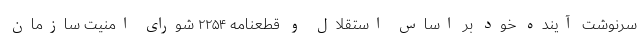
سرنوشت آینده خود بر اساس استقلال و قطعنامه ۲۲۵۴ شورای امنیت سازمان